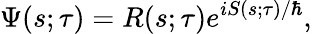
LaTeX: \Psi{\left(s;\tau\right)}=R{\left(s;\tau\right)}e^{iS{\left(s;\tau\right)}/\hbar},